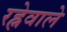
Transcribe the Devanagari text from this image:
रह्नेवाले